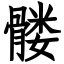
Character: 髅